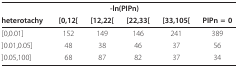
|  | <COLSPAN=4> -ln(PIPn) |  |
 | heterotachy | [0,12[ | [12,22[ | [22,33[ | [33,105[ | PIPn = 0 |
 | --- | --- | --- | --- | --- | --- |
 | [0,0.01] | 152 | 149 | 146 | 241 | 389 |
 | ]0.01,0.05] | 48 | 38 | 46 | 37 | 56 |
 | ]0.05,100] | 68 | 87 | 82 | 37 | 34 |